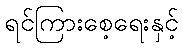
ရင်ကြားစေ့ရေးနှင့်